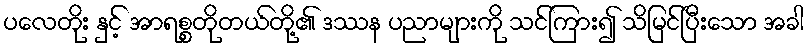
ပလေတိုး နှင့် အာရစ္စတိုတယ်တို့၏ ဒဿန ပညာများကို သင်ကြား၍ သိမြင်ပြီးသော အခါ